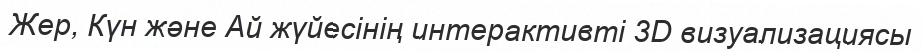
Жер, Күн және Ай жүйесінің интерактивті 3D визуализациясы